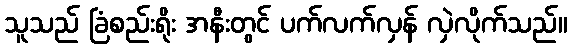
သူသည် ခြံစည်းရိုး အနီးတွင် ပက်လက်လှန် လှဲလိုက်သည်။